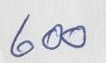
600